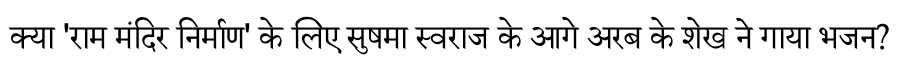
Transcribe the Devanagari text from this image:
क्या 'राम मंदिर निर्माण' के लिए सुषमा स्वराज के आगे अरब के शेख ने गाया भजन?